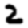
Digit: 2